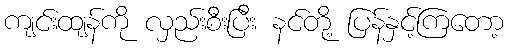
ကျင်းထျန်ကို လှည်းစီးပြီး နင်တို့ ပြန်နှင့်ကြတော့